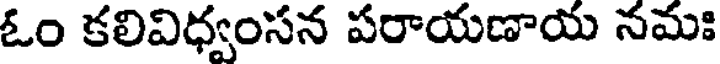
ఓం కలివిధ్వంసన పరాయణాయ నమః